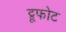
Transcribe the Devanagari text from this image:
ट्रूफोट